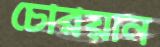
চেরিয়ান